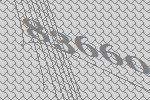
83660